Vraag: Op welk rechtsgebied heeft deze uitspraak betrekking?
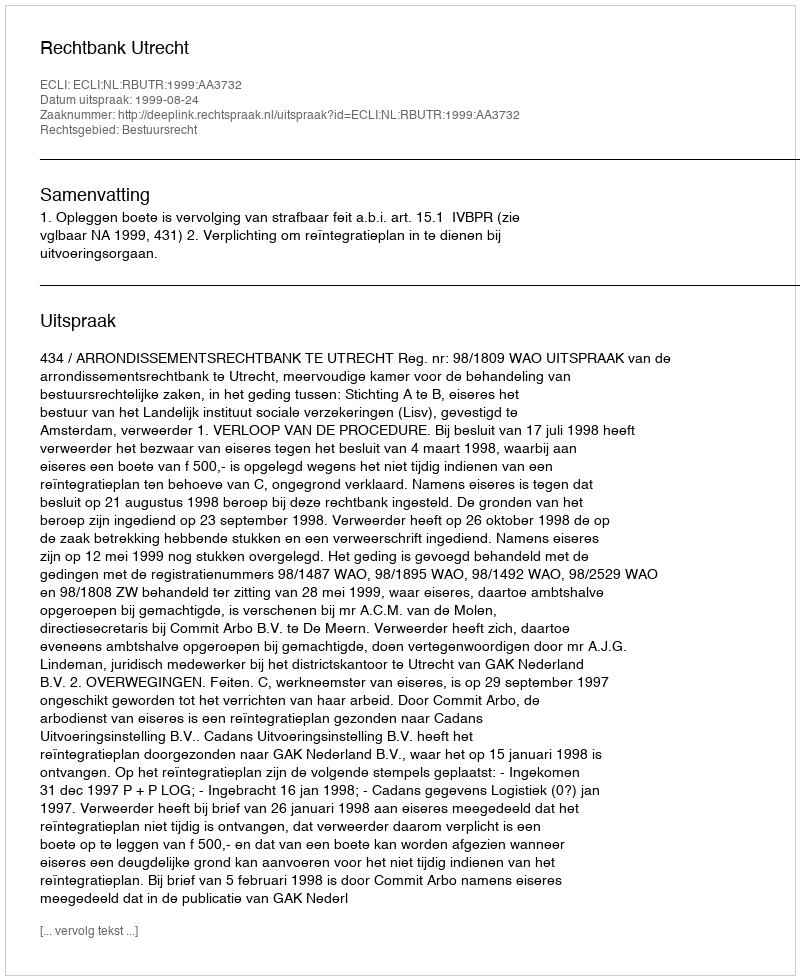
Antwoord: Bestuursrecht